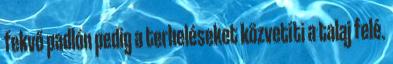
fekvő padlón pedig a terheléseket közvetíti a talaj felé.